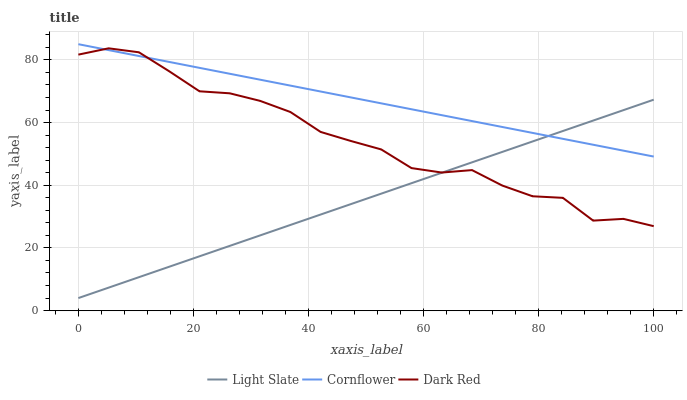
| xaxis_label | Light Slate | Cornflower | Dark Red |
 | --- | --- | --- | --- |
 | 0 | 4 | 85 | 81.7 |
 | 5.26 | 7.33 | 83.1 | 83.7 |
 | 10.5 | 10.7 | 81.2 | 82.4 |
 | 15.8 | 14 | 79.3 | 76.4 |
 | 21.1 | 17.3 | 77.5 | 70 |
 | 26.3 | 20.7 | 75.6 | 69.3 |
 | 31.6 | 24 | 73.7 | 66.9 |
 | 36.8 | 27.3 | 71.8 | 63.4 |
 | 42.1 | 30.7 | 69.9 | 57 |
 | 47.4 | 34 | 68 | 54.1 |
 | 52.6 | 37.3 | 66.1 | 51.4 |
 | 57.9 | 40.6 | 64.2 | 45.5 |
 | 63.2 | 44 | 62.4 | 44 |
 | 68.4 | 47.3 | 60.5 | 44.8 |
 | 73.7 | 50.6 | 58.6 | 39.9 |
 | 78.9 | 54 | 56.7 | 36.5 |
 | 84.2 | 57.3 | 54.8 | 36 |
 | 89.5 | 60.6 | 52.9 | 28.7 |
 | 94.7 | 64 | 51 | 29.3 |
 | 100 | 67.3 | 49.1 | 26.9 |